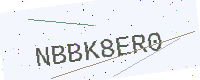
Text: NBBK8ER0